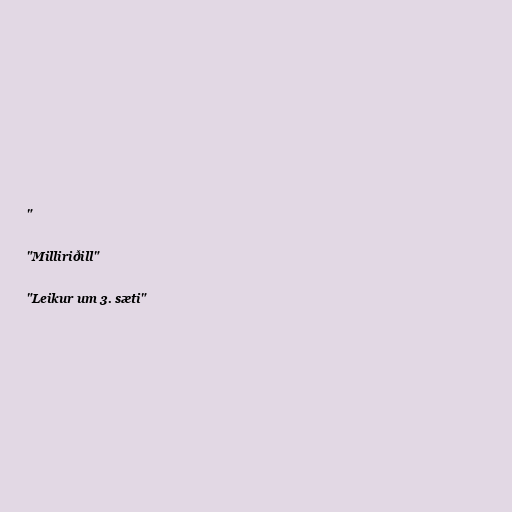
"

"Milliriðill"

"Leikur um 3. sæti"